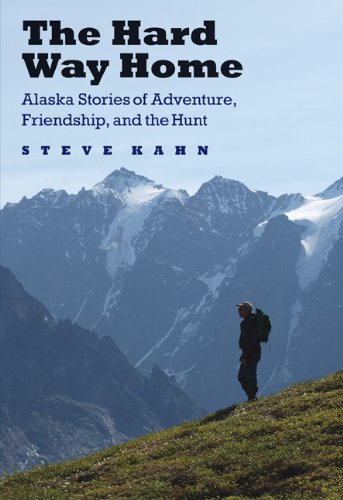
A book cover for The Hard Way Home: Alaska Stories of Adventure, Friendship, and the Hunt (Outdoor Lives); Steve Kahn; Humor & Entertainment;